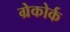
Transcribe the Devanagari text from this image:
ग्रेकोर्क